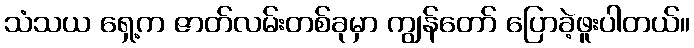
သံသယ ရှေ့က ဇာတ်လမ်းတစ်ခုမှာ ကျွန်တော် ပြောခဲ့ဖူးပါတယ်။